NAE_ERA_R-2632_ENSV_TA_Emakeele_Selts_1945-1955, lk 114
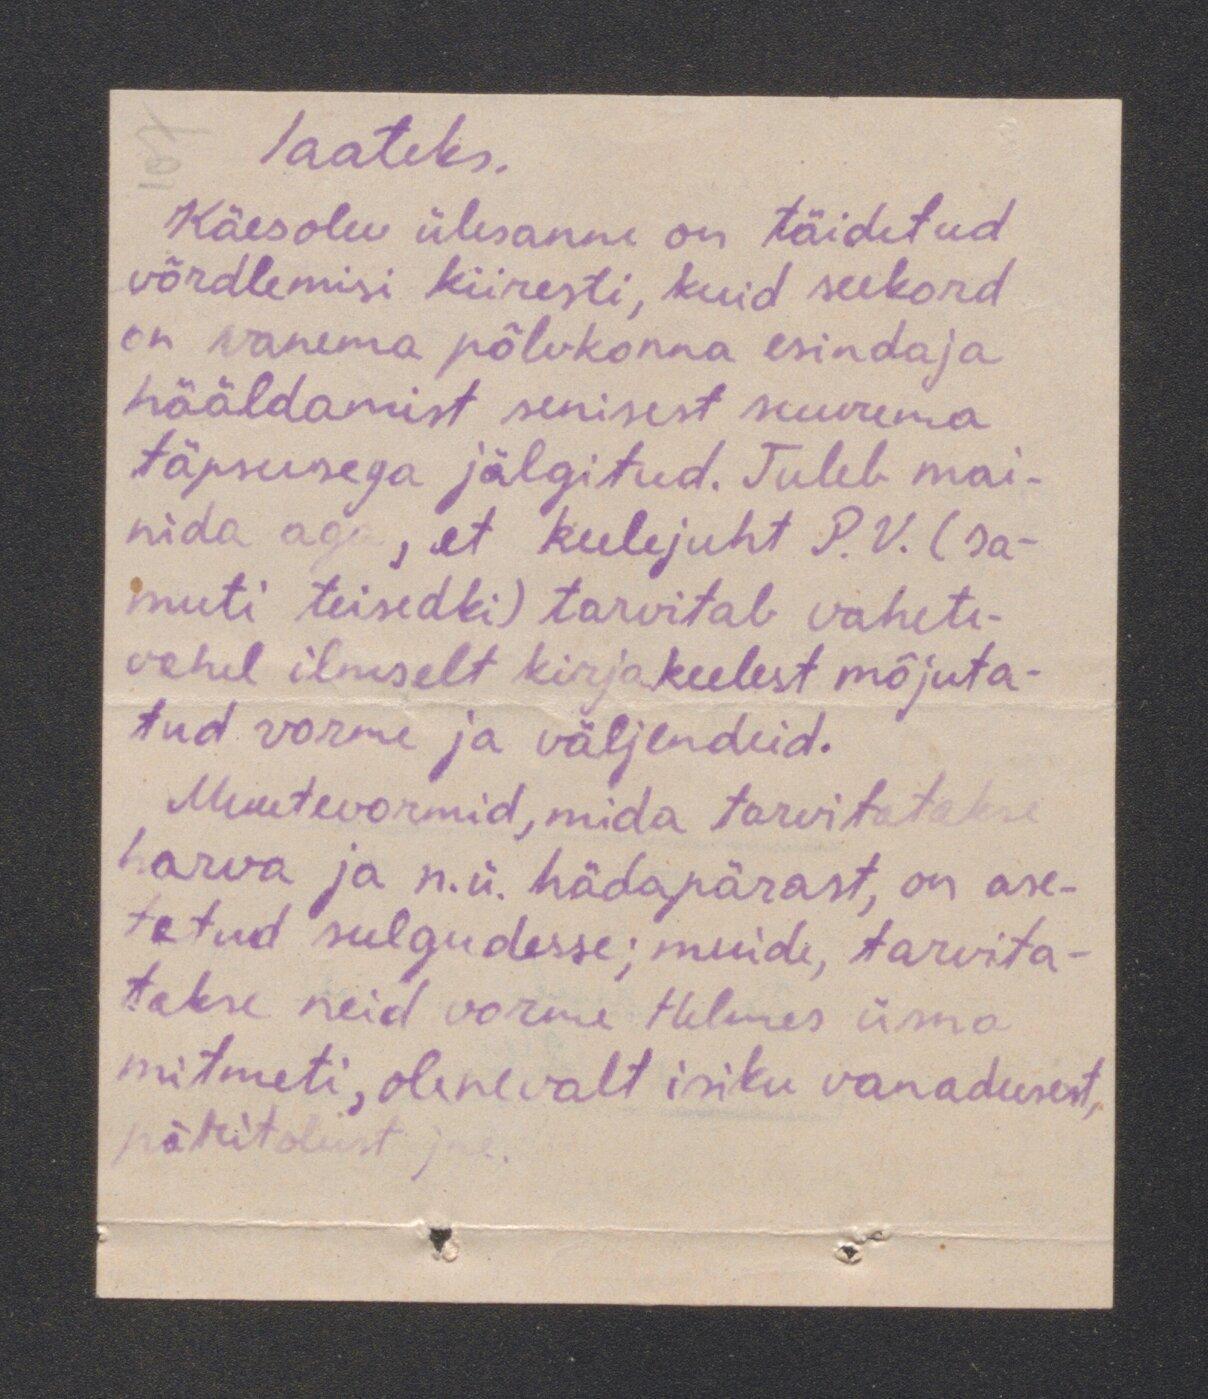
Saateks.
Käesolev ülesanne on täidetud
võrdlemisi kiiresti, kuid seekord
on vanema põlvkonna esindaja
hääldamist senisest suurema
täpsusega jälgitud. Tuleb mai-
nida aga, et keelejuht P.V. (sa-
muti teisedki) tarvitab vahete-
vahel ilmselt kirjakeelest mõjuta
tud vorme ja väljendeid.
Muutevormid, mida tarvitatakse
harva ja n.ü. hädapärast, on ase-
tatud sulgudesse; muide, tarvita-
takse neid vorme Helmes üsna
mitmeti, olenevalt isiku vanadusest,
päritolust jne.